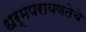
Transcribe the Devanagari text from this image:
धर्मपरायणतेचे